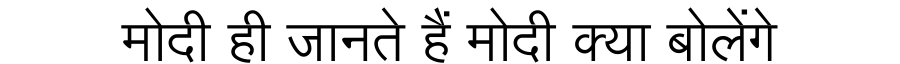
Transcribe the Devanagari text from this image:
मोदी ही जानते हैं मोदी क्या बोलेंगे